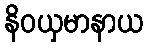
နိဝယှမာနာယ